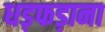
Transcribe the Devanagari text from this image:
धड़फड़ाना